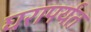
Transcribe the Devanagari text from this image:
घरापर्यंत